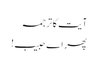
آیت کا ترجمہ
پھر اے حبیب!